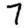
Digit: 7